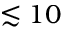
\lesssim 1 0